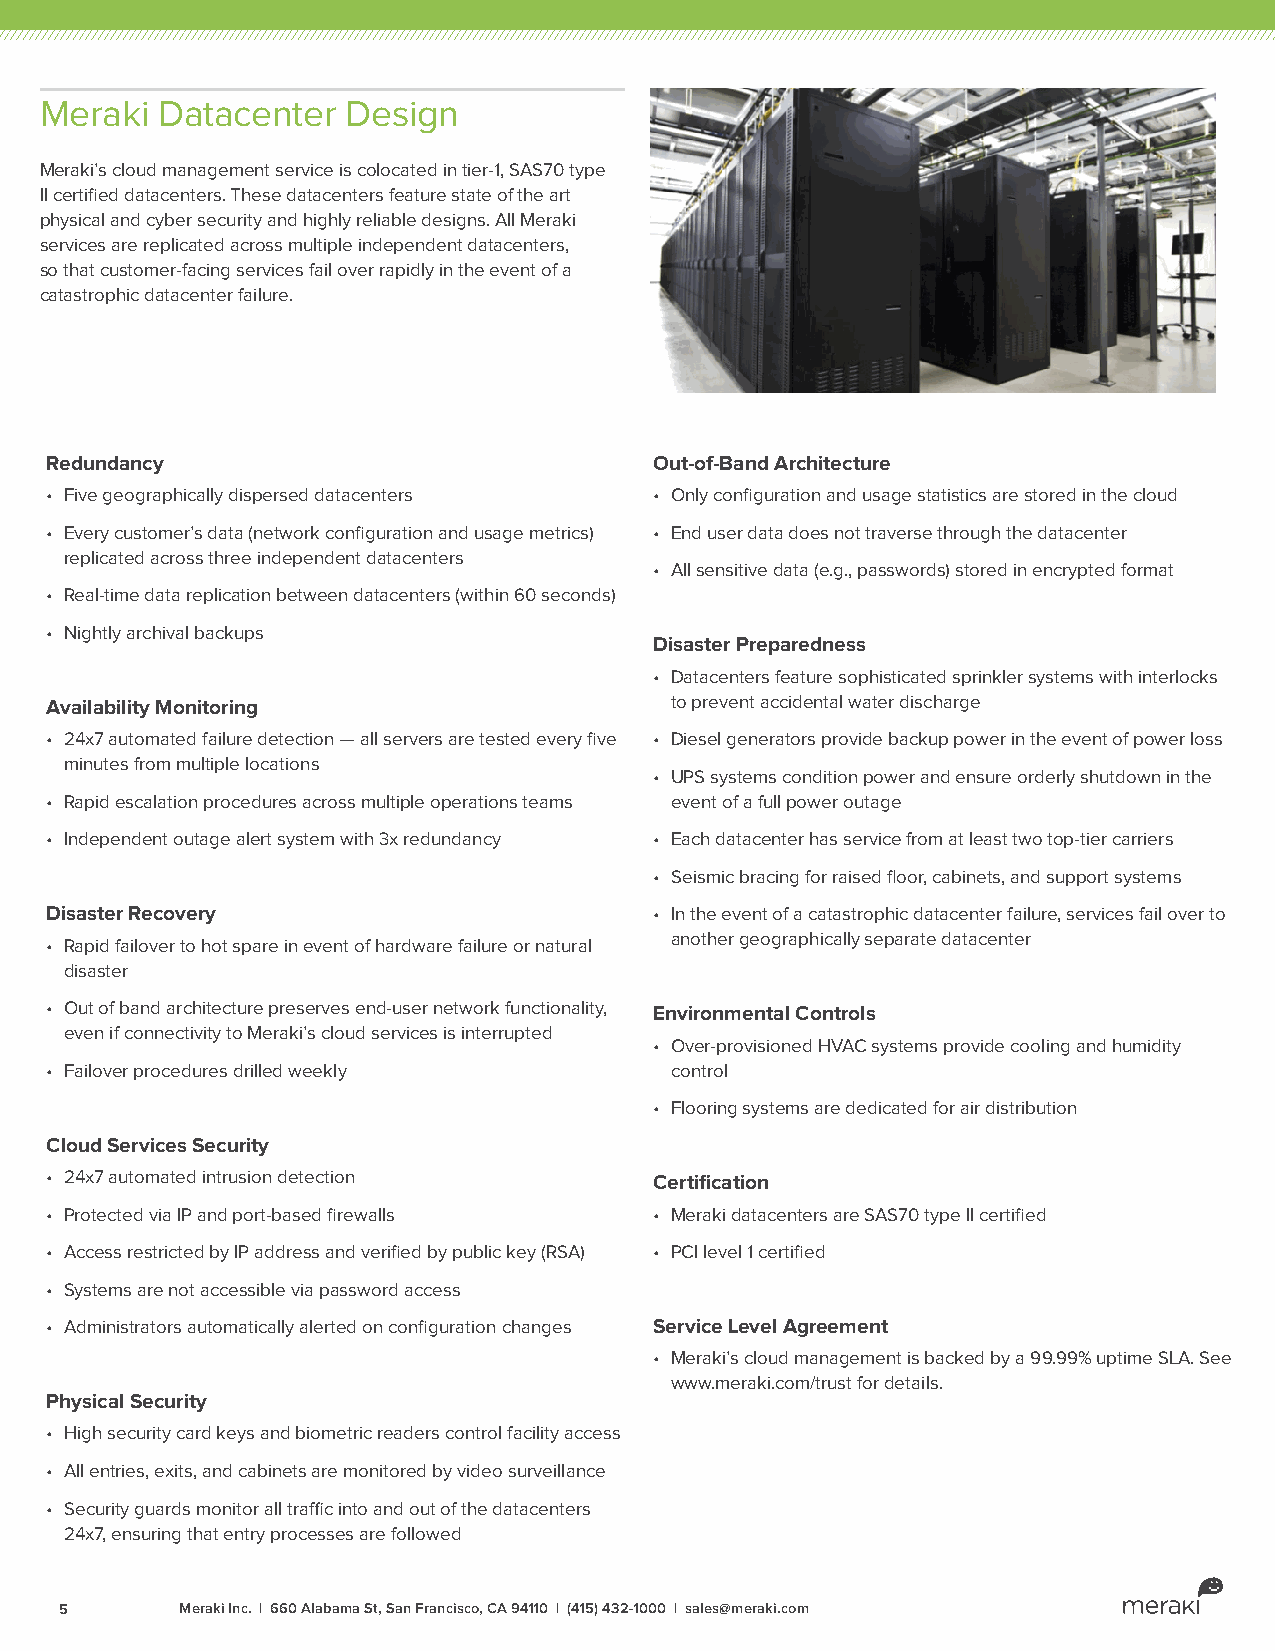
Meraki Datacenter   Design
 Meraki’s cloud management service is colocated in tier-1, SAS70 type
 II certified datacenters. These datacenters feature state of the art
 physical and cyber security and highly reliable designs. All Meraki
 services are replicated across multiple independent datacenters,
 so that customer-facing services fail over rapidly in the event of a
 catastrophic datacenter failure.
 Redundancy                              Out-of-Band Architecture
 • Five geographically dispersed datacenters • Only configuration and usage statistics are stored in the cloud
 • Every customer’s data (network configuration and usage metrics) • End user data does not traverse through the datacenter
 replicated across three independent datacenters
 • All sensitive data (e.g., passwords) stored in encrypted format
 • Real-time data replication between datacenters (within 60 seconds)
 • Nightly archival backups
 Disaster Preparedness
 • Datacenters feature sophisticated sprinkler systems with interlocks
 Availability Monitoring                  to prevent accidental water discharge
 • 24x7 automated failure detection — all servers are tested every five • Diesel generators provide backup power in the event of power loss
 minutes from multiple locations
 • UPS systems condition power and ensure orderly shutdown in the
 • Rapid escalation procedures across multiple operations teams event of a full power outage
 • Independent outage alert system with 3x redundancy • Each datacenter has service from at least two top-tier carriers
 • Seismic bracing for raised floor, cabinets, and support systems
 Disaster Recovery                       • In the event of a catastrophic datacenter failure, services fail over to
 • Rapid failover to hot spare in event of hardware failure or natural another geographically separate datacenter
 disaster
 • Out of band architecture preserves end-user network functionality, Environmental Controls
 even if connectivity to Meraki’s cloud services is interrupted
 • Over-provisioned HVAC systems provide cooling and humidity
 • Failover procedures drilled weekly     control
 • Flooring systems are dedicated for air distribution
 Cloud Services Security
 • 24x7 automated intrusion detection    Certification
 • Protected via IP and port-based firewalls • Meraki datacenters are SAS70 type II certified
 • Access restricted by IP address and verified by public key (RSA) • PCI level 1 certified
 • Systems are not accessible via password access
 • Administrators automatically alerted on configuration changes Service Level Agreement
 • Meraki’s cloud management is backed by a 99.99% uptime SLA. See
 www.meraki.com/trust for details.
 Physical Security
 • High security card keys and biometric readers control facility access
 • All entries, exits, and cabinets are monitored by video surveillance
 • Security guards monitor all traffic into and out of the datacenters
 24x7, ensuring that entry processes are followed
 5       Meraki Inc. | 660 Alabama St, San Francisco, CA 94110 | (415) 432-1000 | sales@meraki.com